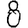
Digit: 8